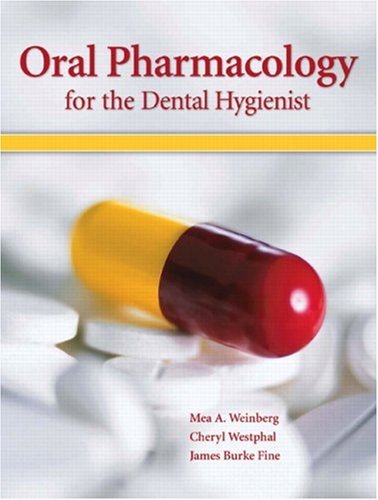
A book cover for Oral Pharmacology for the Dental Hygienist; Mea A. Weinberg; Medical Books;